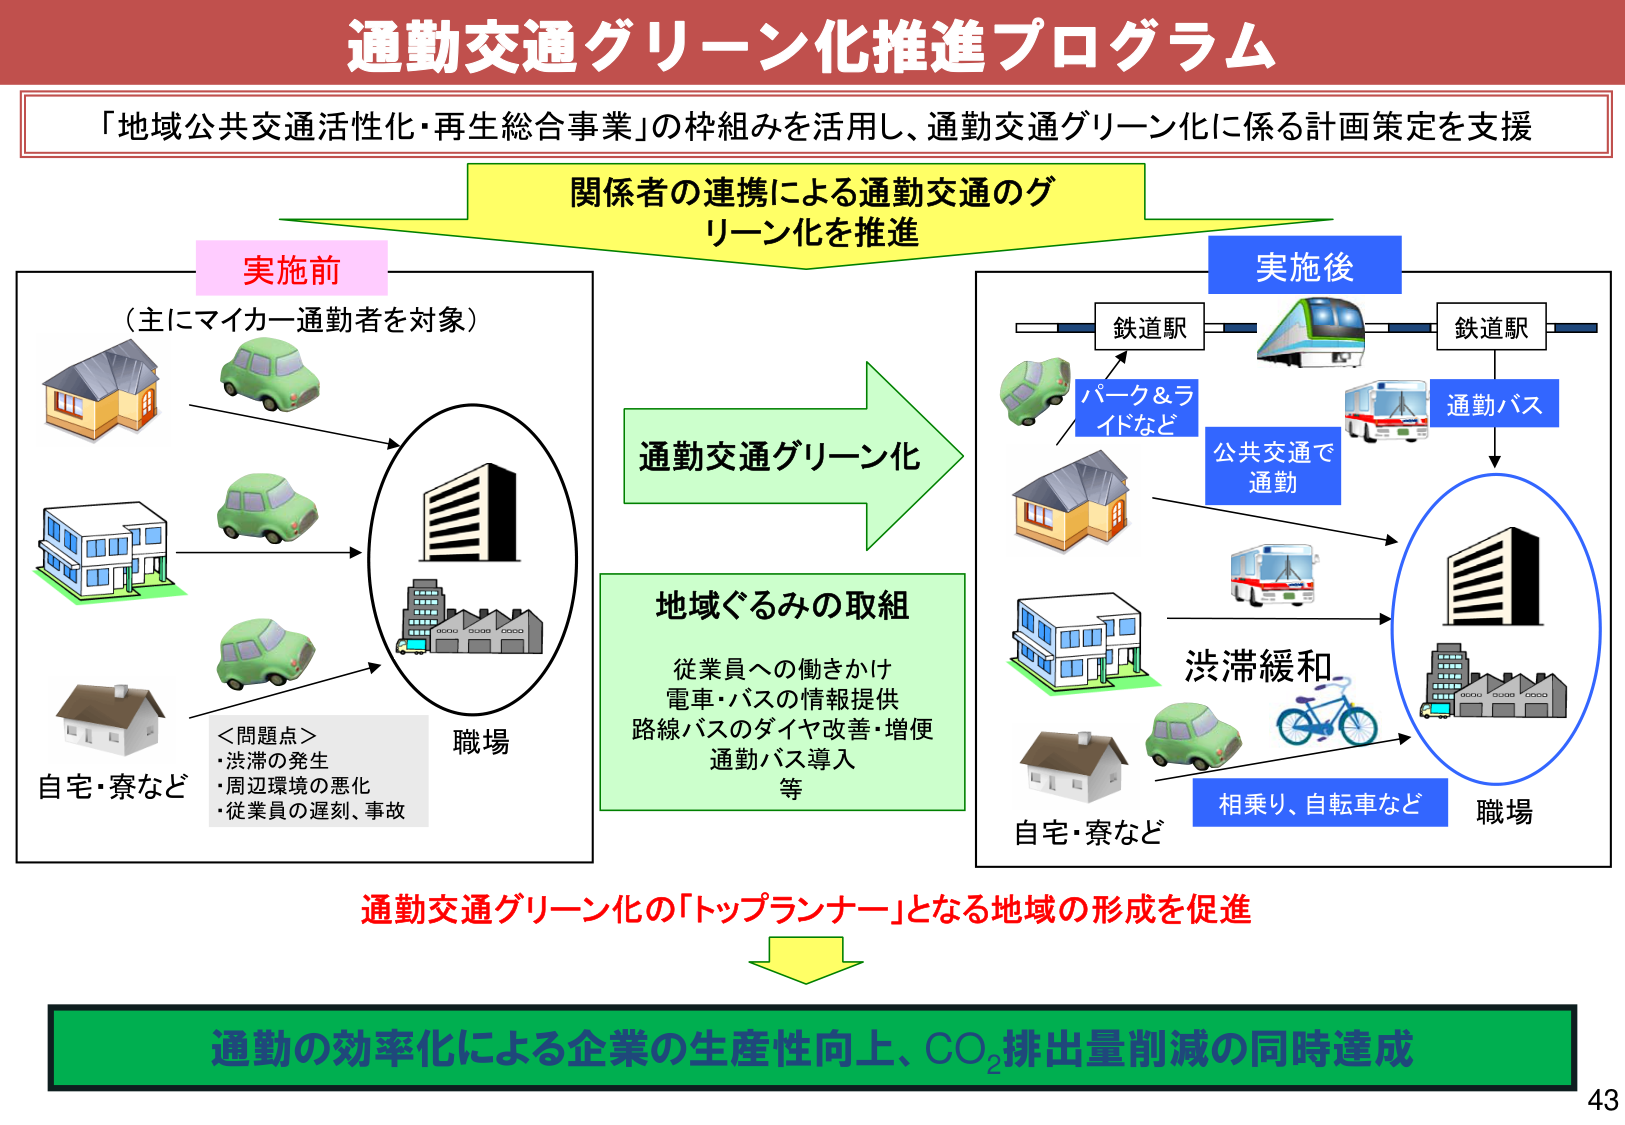
通勤交通グリーン化推進プログラム
「地域公共交通活性化・再生総合事業」の枠組みを活用し、通勤交通グリーン化に係る計画策定を支援
関係者の連携による通勤交通のグリーン化を推進
実施前
（主にマイカー通勤者を対象）
自宅・寮など
職場
＜問題点＞
・渋滞の発生
・周辺環境の悪化
・従業員の遅刻、事故
通勤交通グリーン化
地域ぐるみの取組
従業員への働きかけ
電車・バスの情報提供
路線バスのダイヤ改善・増便
通勤バス導入
等
実施後
鉄道駅
鉄道駅
パーク＆ライドなど
公共交通で通勤
通勤バス
渋滞緩和
自宅・寮など
相乗り、自転車など
職場
通勤交通グリーン化の「トップランナー」となる地域の形成を促進
通勤の効率化による企業の生産性向上、CO₂排出量削減の同時達成
43